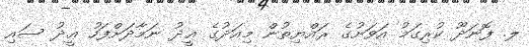
ލ. ފޮނަދޫ ކުރިގަމު އަވަށުގެ ރައްޔިތުން މިއަދުގެ ޢީދު ނަމާދަށްފަހު ޢީދު ސައި